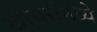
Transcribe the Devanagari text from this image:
खाचरांमध्ये